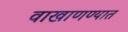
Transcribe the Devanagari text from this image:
वाखाणण्यात